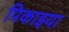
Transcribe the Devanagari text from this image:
पिकाइया